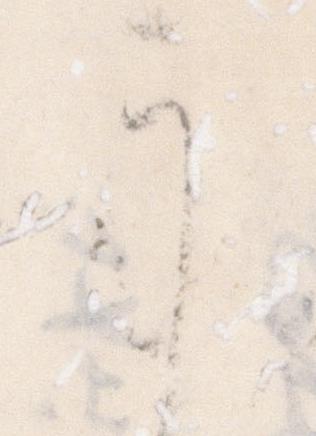
う